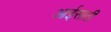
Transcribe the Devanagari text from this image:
आईसाठी